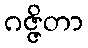
ဂဇ္ဇိတာ